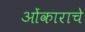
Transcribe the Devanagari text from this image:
ओंकाराचे